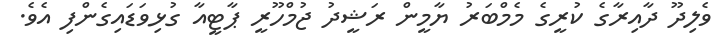
ވެލިދޫ ދާއިރާގެ ކުރީގެ މެމްބަރު ޔާމީން ރަޝީދު ޖުމްހޫރީ ޕާޓީއާ ގުޅިވަޑައިގެންފި އެވެ.